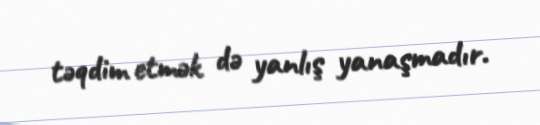
təqdim etmək də yanlış yanaşmadır.